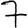
Digit: 7